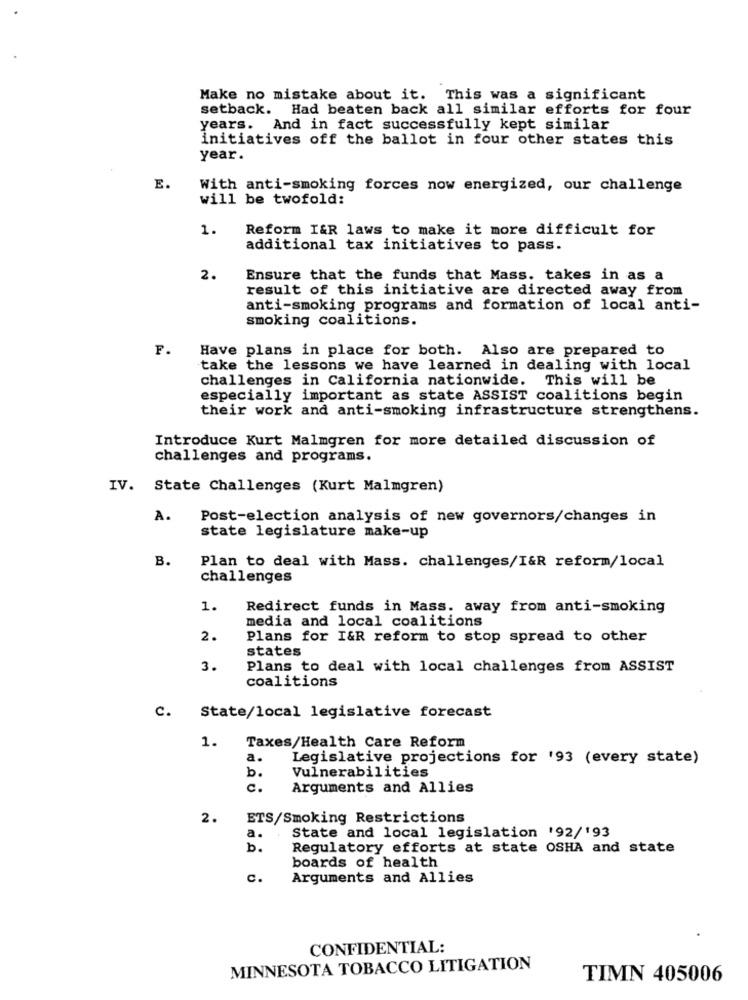
Make no mistake about it. This was a significant
setback. Had beaten back all similar efforts for four
years. And in fact successfully kept similar
initiatives off the ballot in four other states this
year.
E.
With anti-smoking forces now energized, our challenge
will be twofold:
1.
Reform I&R laws to make it more difficult for
additional tax initiatives to pass.
2.
Ensure that the funds that Mass. takes in as a
result of this initiative are directed away from
anti-smoking programs and formation of local anti-
smoking coalitions.
F.
Have plans in place for both. Also are prepared to
take the lessons we have learned in dealing with local
challenges in California nationwide. This will be
especially important as state ASSIST coalitions begin
their work and anti-smoking infrastructure strengthens.
Introduce Kurt Malmgren for more detailed discussion of
challenges and programs.
IV. State Challenges (Kurt Malmgren)
A.
Post-election analysis of new governors/changes in
state legislature make-up
B.
Plan to deal with Mass. challenges/I&R reform/local
challenges
1.
Redirect funds in Mass. away from anti-smoking
media and local coalitions
2.
Plans for I&R reform to stop spread to other
states
3.
Plans to deal with local challenges from ASSIST
coalitions
c.
State/local legislative forecast
1.
Taxes/Health Care Reform
a.
Legislative projections for '93 (every state)
Vulnerabilities
b.
c.
Arguments and Allies
2.
ETS/Smoking Restrictions
a.
State and local legislation '92/'93
b.
Regulatory efforts at state OSHA and state
boards of health
c.
Arguments and Allies
CONFIDENTIAL:
MINNESOTA TOBACCO LITIGATION
TIMN 405006